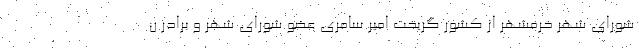
شورای شهر خرمشهر از کشور گریخت امیر سامری عضو شورای شهر و برادر ن